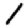
Digit: 1